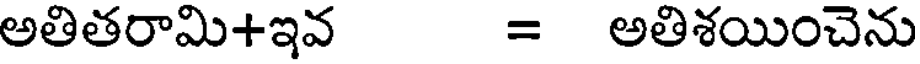
అతితరామి+ఇవ = అతిశయించెను